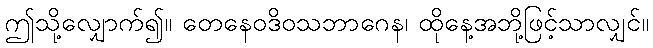
ဤသို့လျှောက်၍။ တေနေဝဒိဝသဘာဂေန၊ ထိုနေ့အဘို့ဖြင့်သာလျှင်။